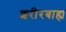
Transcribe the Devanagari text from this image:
शरीरबाह्य